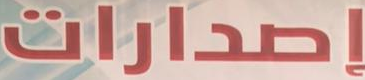
إصدارات